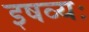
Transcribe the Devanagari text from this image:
इषव्यः